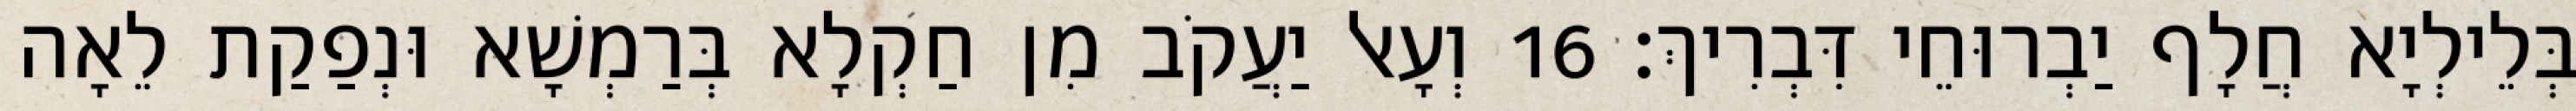
בְּלֵילְיָא חֲלָף יַבְרוּחֵי דִּבְרִיךְ׃ 16 וְעָאל יַעֲקֹב מִן חַקְלָא בְּרַמְשָׁא וּנְפַקַת לֵאָה